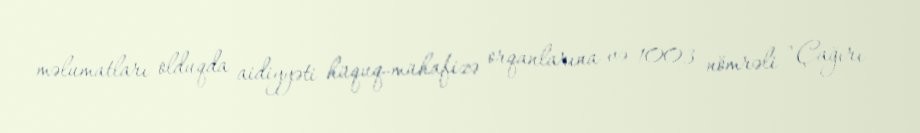
məlumatları olduqda aidiyyəti hüquq-mühafizə orqanlarına və 1003 nömrəli "Çağırı